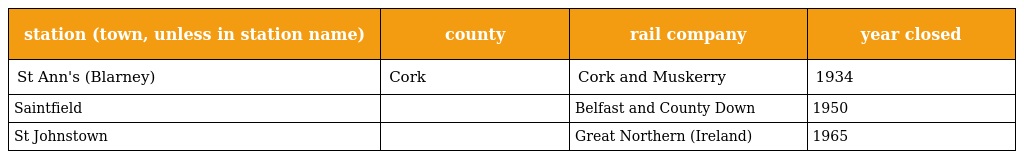
| station (town, unless in station name) | county | rail company | year closed |
 | --- | --- | --- | --- |
 | St Ann's (Blarney) | Cork | Cork and Muskerry | 1934 |
 | Saintfield |  | Belfast and County Down | 1950 |
 | St Johnstown |  | Great Northern (Ireland) | 1965 |